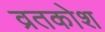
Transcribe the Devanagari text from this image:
व्रतकोश